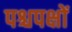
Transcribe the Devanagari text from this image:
पश्चपक्षों